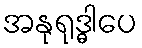
အနုရုဒ္ဓါပေ